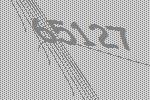
65127